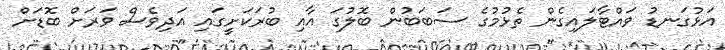
އަޅުގަނޑު ވައްޓާލައިގެން ތެޅުމުގެ ސަބަބުން ބޮލުގަ އާއި ބުރަކަށީގައި އަދިވެސް ވަރަށް ބޮޑަށް